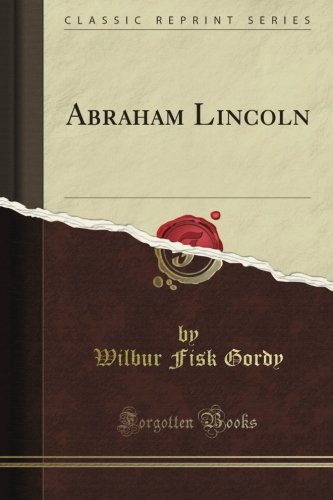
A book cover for Abraham Lincoln (Classic Reprint); Wilbur Fisk Gordy; Literature & Fiction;